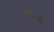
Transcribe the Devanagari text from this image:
मीढ़